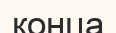
конца